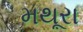
મથૂરા